Indian journal of veterinary science and animal husbandry - Volume 6,
Year: 1936
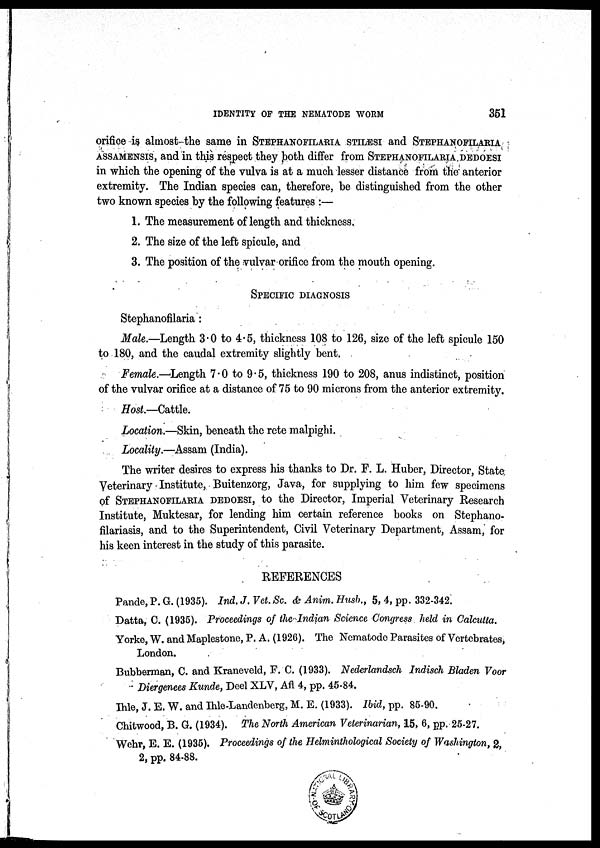
IDENTITY OF THE NEMATODE WORM
351
orifice is almost the same in STEPHANOFILARIA STILESI and STEPHANOFILARIA
ASSAMENSIS, and in this respect they both differ from STEPHANOFILARIA DEDOESI
in which the opening of the vulva is at a much lesser distance from the anterior
extremity. The Indian species can, therefore, be distinguished from the other
two known species by the following features :—
1. The measurement of length and thickness.
2. The size of the left spicule, and
3. The position of the vulvar orifice from the mouth opening.
SPECIFIC DIAGNOSIS
Stephanofilaria :
Male.—Length 3.0 to 4.5, thickness 108 to 126, size of the left spicule 150
to 180, and the caudal extremity slightly bent.
Female.— Length 7.0 to 9.5, thickness 190 to 208, anus indistinct, position
of the vulvar orifice at a distance of 75 to 90 microns from the anterior extremity.
Host.—Cattle.
Location.—Skin, beneath the rete malpighi.
Locality.—Assam (India).
The writer desires to express his thanks to Dr. F. L. Huber, Director, State
Veterinary Institute, Buitenzorg, Java, for supplying to him few specimens
of STEPHANOFILARIA DEDOESI, to the Director, Imperial Veterinary Research
Institute, Muktesar, for lending him certain reference books on Stephano¬
filariasis, and to the Superintendent, Civil Veterinary Department, Assam, for
his keen interest in the study of this parasite.
REFERENCES
Pande, P. G. (1935). Ind. J. Vet. Sc. & Anim. Husb., 5, 4, pp. 332-342.
Datta, C. (1935). Proceedings of the Indian Science Congress held in Calcutta.
Yorke, W. and Maplestone, P. A. (1926). The Nematode Parasites of Vertebrates.
London.
Bubberman, C. and Kraneveld, F. C. (1933). Nederlandsch Indisch Bladen Voor
Diergenees Kunde, Deel XLV, Afl 4, pp. 45-84.
Ihle, J. E. W. and Ihle-Landenberg, M. E. (1933). Ibid, pp. 85-90.
Chitwood, B. G. (1934). The North American Veterinarian, 15, 6, pp. 25-27.
Wehr, E. E. (1935). Proceedings of the Helminthological Society of Washington, 2,
2, pp. 84-88.